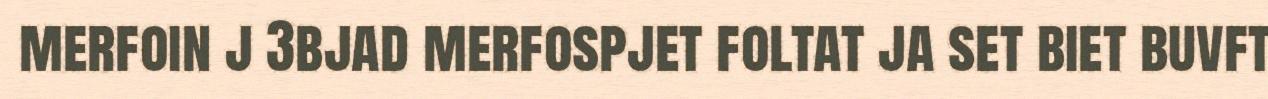
merfoin j 3bjad merfospjet foltat ja set biet buvft